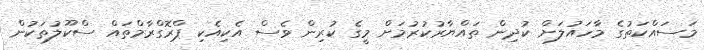
މަސައްކަތުގެ މާހައުލަށް ކުދިން ތައްޔާރުކުރުމަށް މީގެ ކުރިން ވެސް އެކިއެކި ޕްރޮގްރާމްތައް ސްކޫލުތަކުން